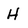
Character: H